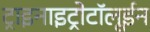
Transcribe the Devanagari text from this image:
ट्राइनाइट्रोटॉलूईन